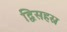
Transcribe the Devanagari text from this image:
द्विसहस्र